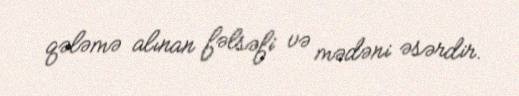
qələmə alınan fəlsəfi və mədəni əsərdir.